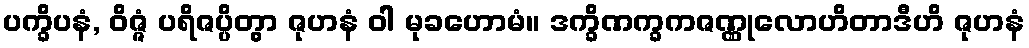
ပက္ခိပနံ, ဝိဇ္ဇံ ပရိဇပ္ပိတွာ ဇုဟနံ ဝါ မုခဟောမံ။ ဒက္ခိဏက္ခကဇဏ္ဏုလောဟိတာဒီဟိ ဇုဟနံ